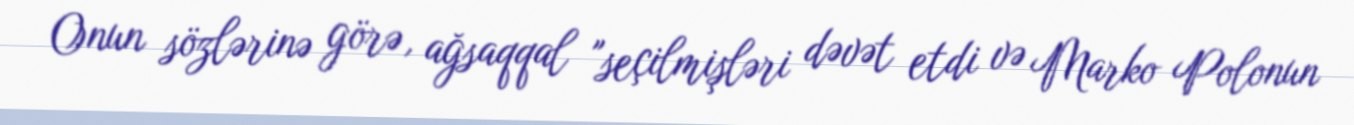
Onun sözlərinə görə, ağsaqqal "seçilmişləri dəvət etdi və Marko Polonun